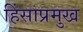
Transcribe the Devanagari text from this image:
हिंसाप्रमुख